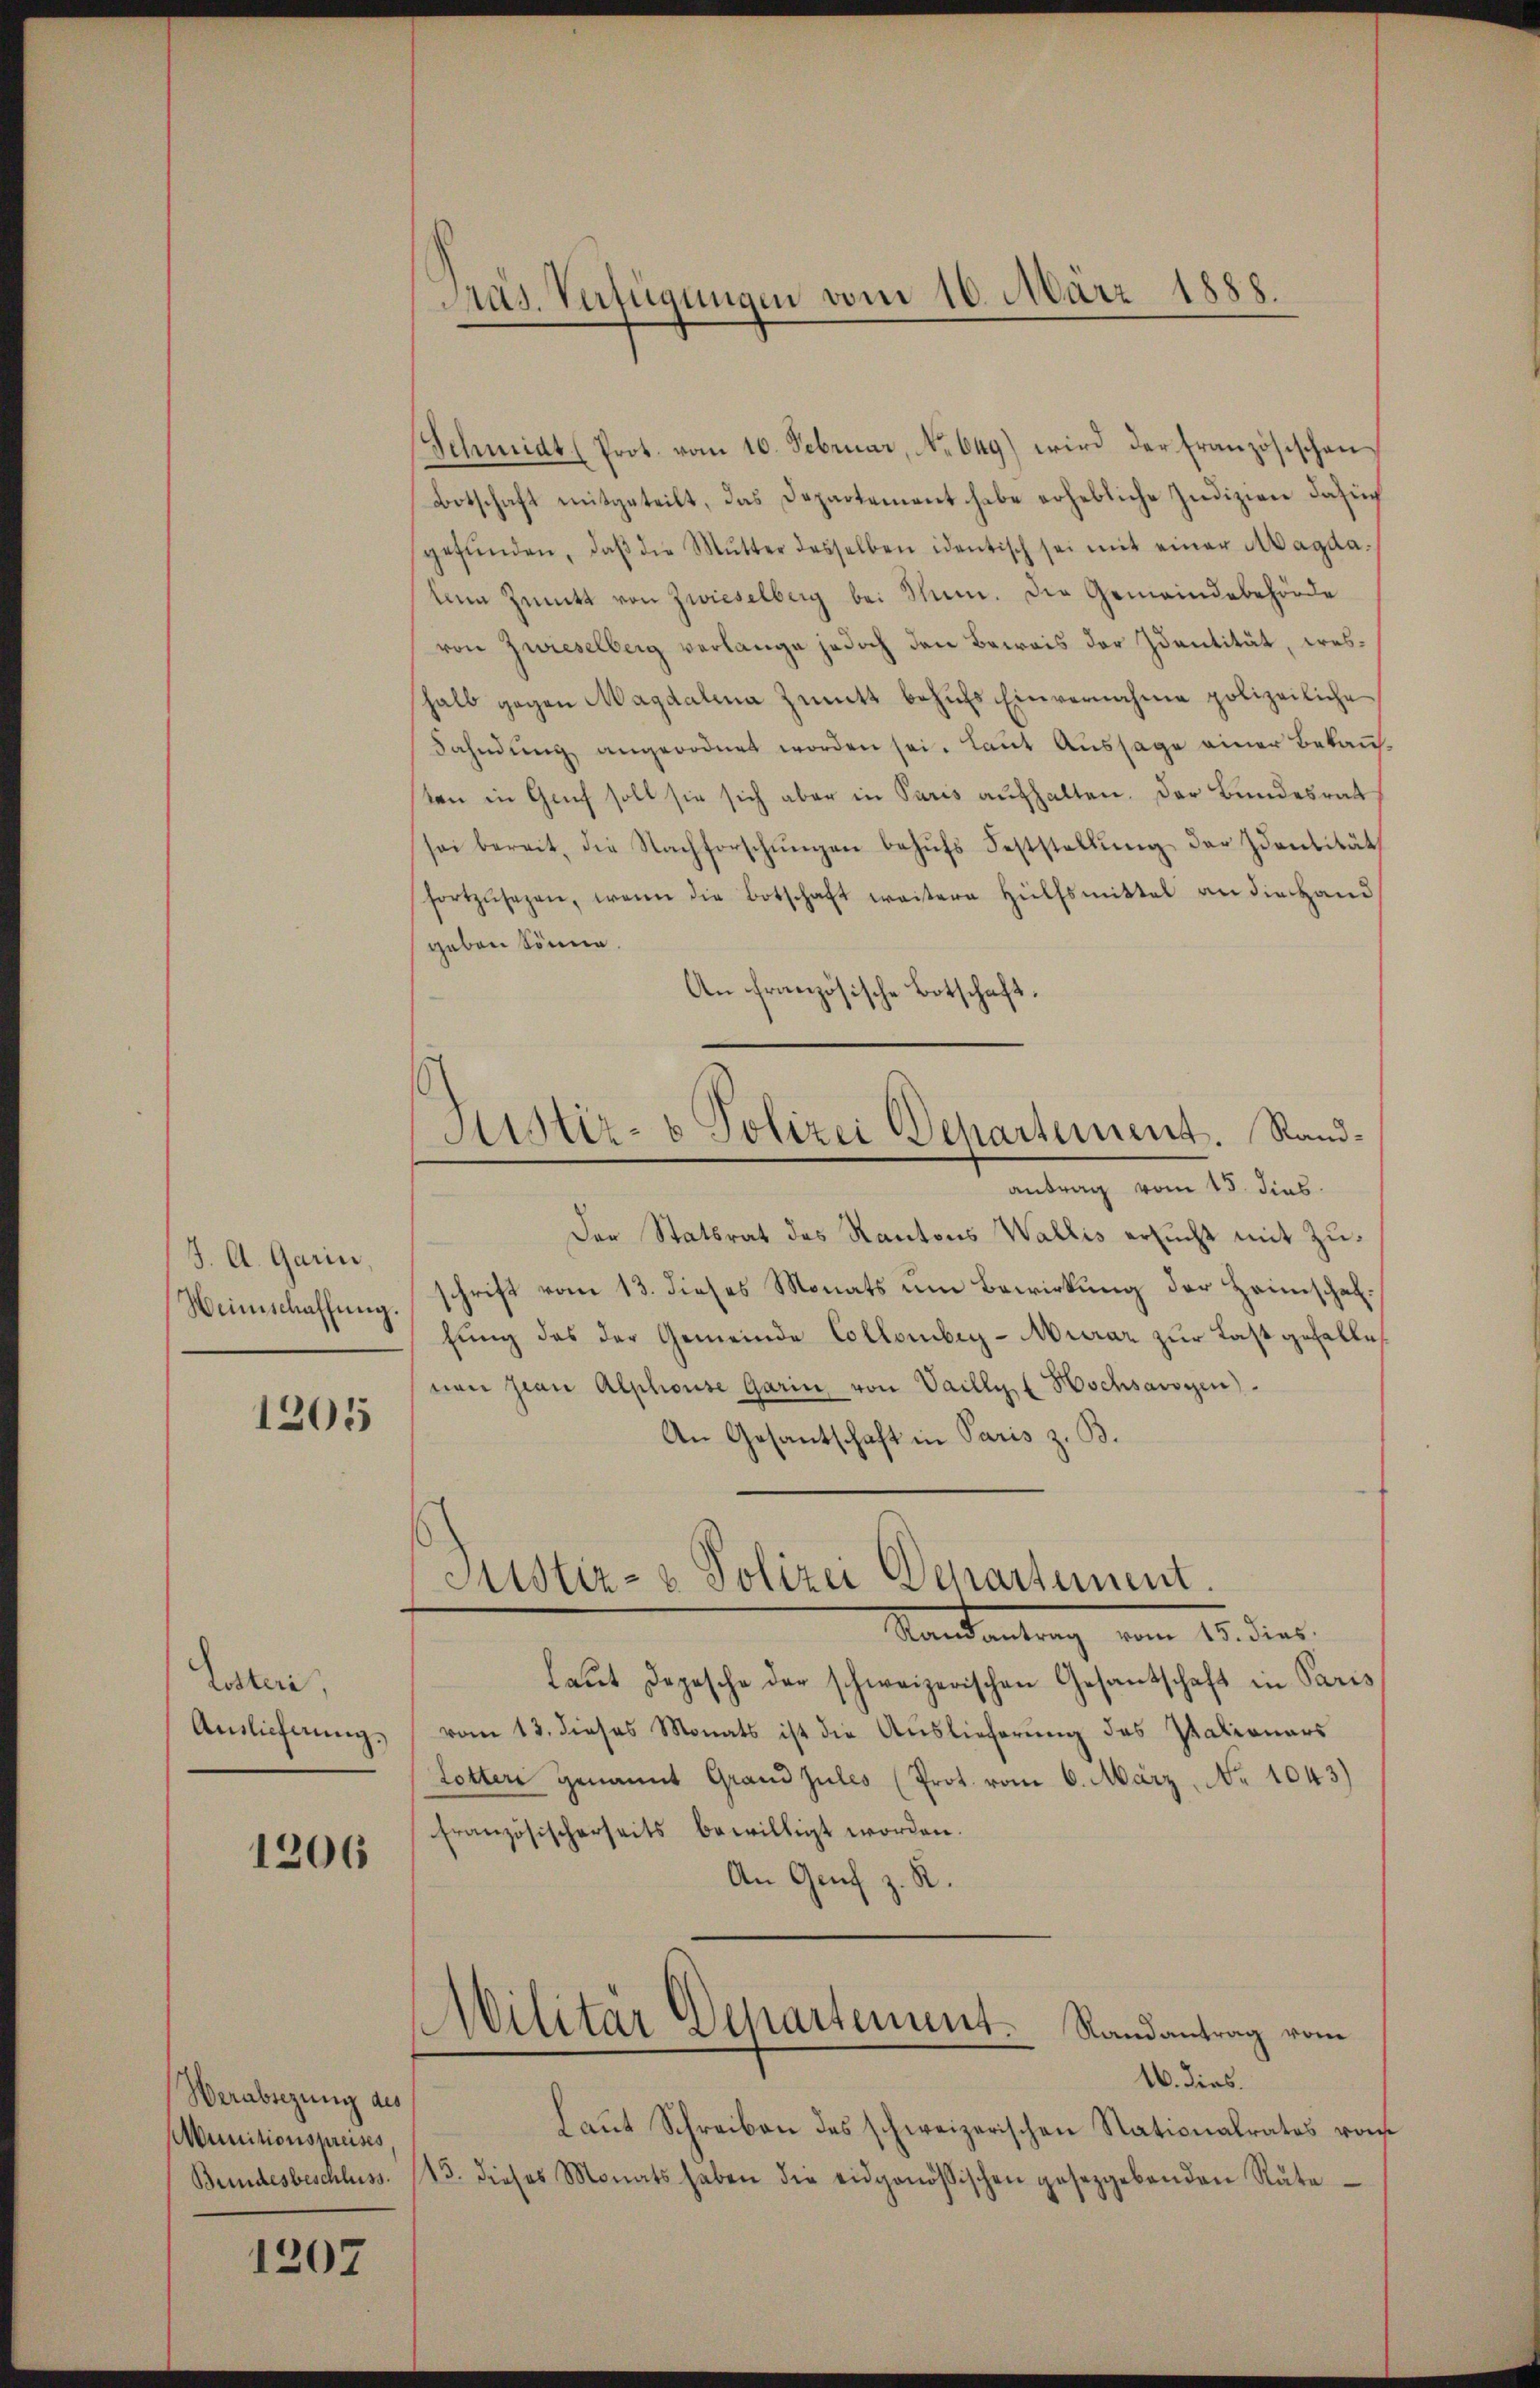
J. A. Garin,
Weinschaffung.

1205

Losteri,
Auslieferung.

1206

Werabsezung des
Munitionspreises

1207

Pras. Verfügungen vom 10. März 1888.

Schmidt (Prot. vom 10. Februar, No 649) wird der Französischen
Botschaft mitgeteilt, das Departement habe erhebliche Zudizien das
gefŭnden, daβ die Mutter desselben identisch sei mit einer Magda.
tem Zünitt von Zwieselberg bei Thun. Die Gemeindebehörde
von Zwieselberg verlange jedoch den Beweis der Identität, weshalb gegen Magdalena Züitt behufs Einvernahme polizeiliche
Fahndung angeordnet worden sei. Laut Aussage einer Bekanten in Genf soll sie sich aber in Paris aufhalten. Der Bundesrat
sei bereit, die Nachforschŭngen behŭfs Feststellŭng der Identität
fortzŭsezen, wenn die Botschaft weitere Hülfsmittel an die Hand
geben könne.
An französische Botschaft.
antrag vom 15. dies
Der Statsrat des Kantons Wallis ersucht mit Zuschrift vom 13. dieses Monats um Bewirkung der Heimschaffŭng des der Gemeinde Collombey-urar zur Last gefalle
nen sian Alphouse Garin von Vailly Hochsavoyen).
An Gesantschaft in Paris z. B.
Justiz- & Polizei Departement.
Samstantung vom 15. dies
laut Depesche der schweizerischen Gesantschaft in Paris
vom 13. dieses Monats ist die Auslieferung des Stationars
Lotter genannt Grand zules (Prot. vom 6. März, No 1043)
französischerseits bewilligt worden.
An Genf z. R.
Militär Departement. Randantrag vom
16. dies.
Laut Schreiben des schweizerischen Stationalrates von
Bundesbeschluss. 143. dieses Monats haben die eidgenössischen gesetzgebenden Räte

Sistir- u Polizei Departement. Rand¬